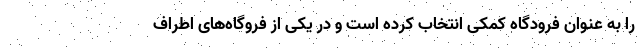
را به عنوان فرودگاه کمکی انتخاب کرده است و در یکی از فروگاه‌های اطراف